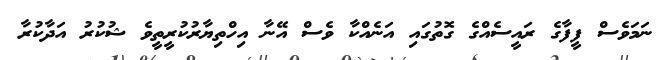
ނަމަވެސް ފީފާގެ ރައީސެއްގެ ގޮތުގައި އަނެއްކާ ވެސް އޭނާ އިހްތިޔާރުކުރީތީވެ ޝުކުރު އަދާކުރާ